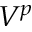
V ^ { p }